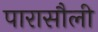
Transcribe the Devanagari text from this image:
पारासौली